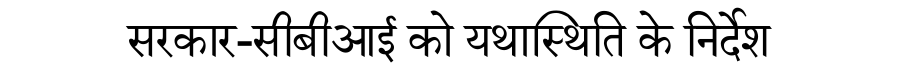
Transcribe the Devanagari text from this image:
सरकार-सीबीआई को यथास्थिति के निर्देश